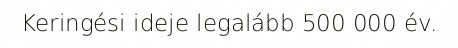
Keringési ideje legalább 500 000 év.